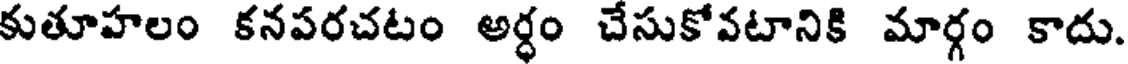
కుతూహలం కనపరచటం అర్ధం చేసుకోవటానికి మార్గం కాదు.